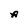
Character: A